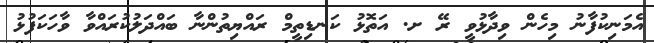
އެމަނިކުފާނު މިހެން ވިދާޅުވީ ރޭ ށ. އަތޮޅު ކަނޑިތީމް ރައްޔިތުންނާ ބައްދަލުކުރައްވާ ވާހަކަފުޅު